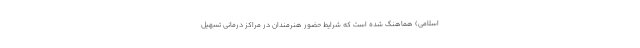
اسلامی) هماهنگ شده است که شرایط حضور هنرمندان در مراکز درمانی تسهیل